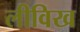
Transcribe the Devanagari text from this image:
लीविख